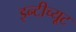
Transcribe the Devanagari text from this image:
इन्टीच्यूट